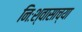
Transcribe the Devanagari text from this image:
निःश्वासाच्या